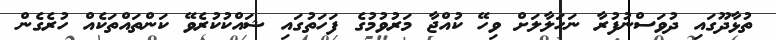
ތުޅާދޫގައި ދުވަސްނުފުރާ ނަހަލާލަށް ވިހޭ ކުއްޖާ މަރުވުމުގެ ފަހަތުގައި ޝައްކުކުރެވޭ ކަންތައްތަކެއް ހުރެގެން